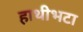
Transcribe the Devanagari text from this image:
हाथीभटा